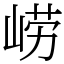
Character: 崂